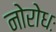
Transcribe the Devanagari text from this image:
नोरोधः